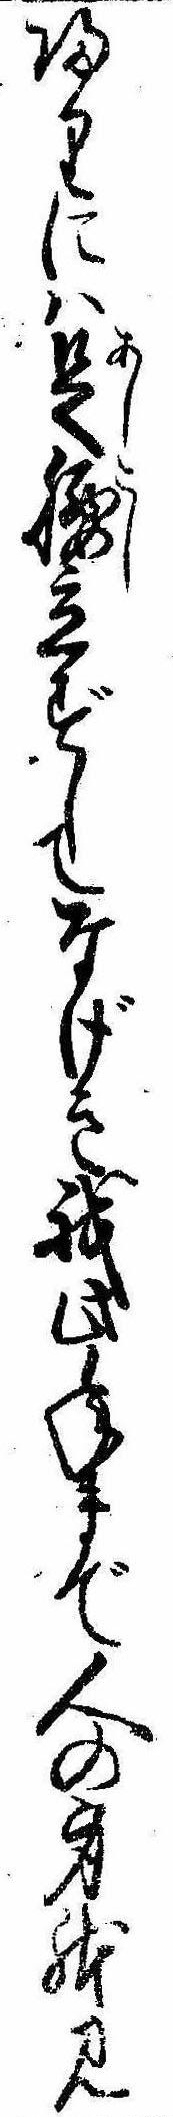
帰りには足腰立ずしてなげき我此年まで人の身体見